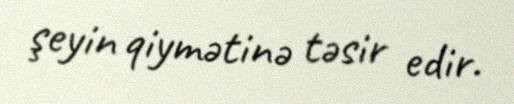
şeyin qiymətinə təsir edir.